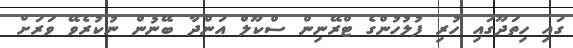
ގައި ހިތަދޫގައި ހުރި ފުލުހުންގެ ޓްރޭނިން ސްކޫލް އަންދާ ބޭނުން ނުކުރެވޭ ވަރަށް